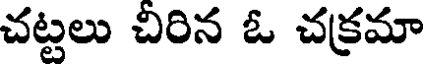
చట్టలు చిరిన ఓ చక్రమా